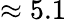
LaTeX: \approx 5.1